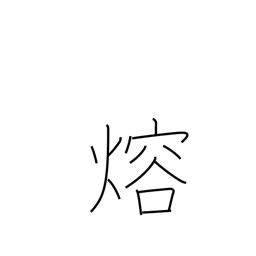
Meaning: fuse